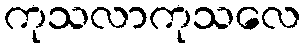
ကုသလာကုသလေ